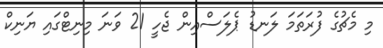
މި މެޗުގެ ފުރަތަމަ ލަނޑު ޕެލަސްއިން ޖެހީ 21 ވަނަ މިނިޓްގައި ޔަނިކް